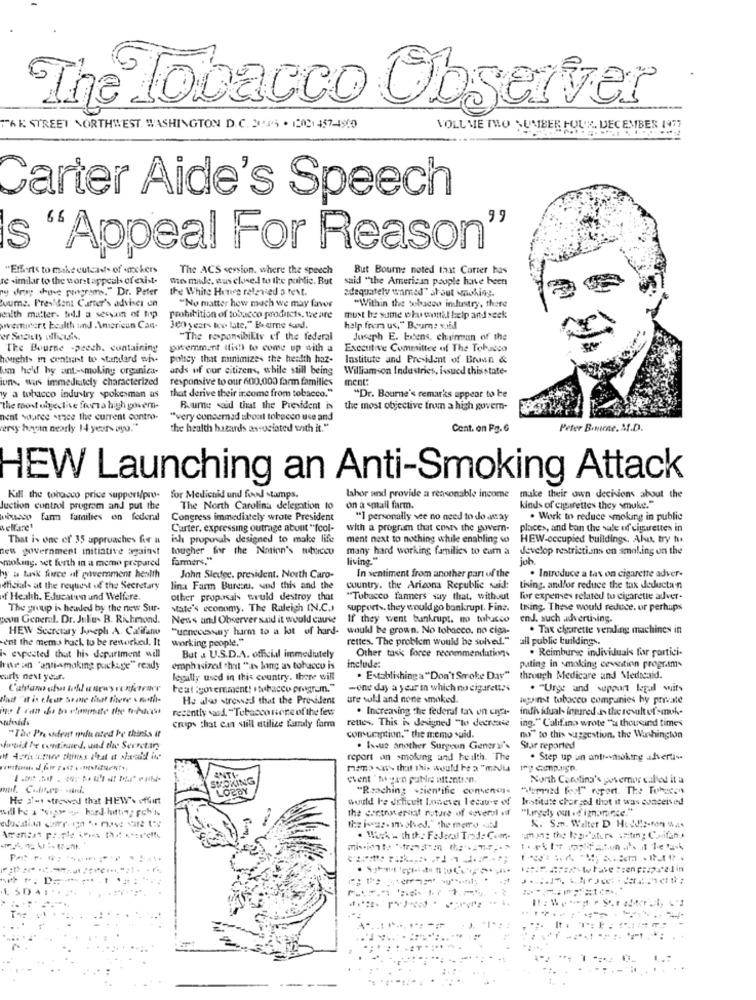
The Tobacco Observer
TAK STREET NORTHWEST. WASHINGTON D. C. 2AP5 . 1000 457-4910
VOLUME TWO NUMBER FOUR. DECEMBER 1977
Carter Aide's Speech
S
"Appeal For Reason'
"Efforts to make cuteav- of chers
The ACS session. where the speech
But Bourne noted that Carter has
re similar to the worstappeals of exist-
we made, wus closed to the public. But
said "the American peuple have been
ny drug shut programs." Dr. Peter
the White House relevied o text.
adequately wamed" al out smoking.
Pours. President Carter's advises en
"No matter how much we may favor
"Within the tobacco industry, there
ealth matter. tedd a session of top
prohibition of tobacco products, we are
must be sume wkuwaittil help and seek
wernotert health and American Can-
300 years too late," Beare ted.
help from us." Boom: vaid
"The responsibility of the federal
Juseph E. bilens, chairman of the
The Bourne -peech. containing
government (fish to come up with a
Executive Committee of The Tobacco
houghts in contrast to stunlard wis-
polscy that minimizes the health haz-
Institute and President of Bruan &
lum held hy ant-smoking organica-
ards of our citizens, while still being
Williamson Industries, issued thisstate-
iuns, wus immediately characterized
responsive to our 600,000 farm families
ment:
y a tobacco industry spokesman as
that derive their income from tobacco."
"Dr. Bourne's remarks appear to be
the most objedlive from a high govern-
Roure said that the President is
the most objective from a high govern-
heat source stee the current contro-
"very concerned about tobecco use and
wersy hayan nearly 14 years ago."
the health hazards associated with it."
Cont. on Fg. 6
Peter Bonne. M.D.
HEW Launching an Anti-Smoking Attack
Kill the tobacco price support/pre-
for Medicaid and food stamps .
lahor and provide a reasonable income
make their own decisions about the
Juction control program and put the
The North Carolina delegation to
on a small farm.
kinds of cigarettes they smuke."
visco farm families on federal
Congress immediately wrote President
"1 personally vce no need to do .may
. Work to reduce smoking in public
vellare'
Carter, expressing outrage about "Icol-
with a program that costs the govern-
place>, and ban the sale of cigarettes in
That is one ef 35 approaches for a
ish proposals designed to make life
ment next to nothing while enabling so
HEW-occupied buildings. Akut, try hu
det government initiative against
tougher for the Nation's tubucco
many hard working families to cam a
develop restrictions on smoking on the
moking. set forth in a meme prepared
farmers."
living."
juh.
hy a task force af government health
John Sledge, president. North Caro-
In sentiment from another part of the
. Introduce a tax on cigarette adver-
thicials at the request of the Secretary
lina Farm Bureau, and this and the
country. the Arizona Republic said:
tising and/or reduce the tax deductan
of Health. Education and Welfare.
other proposals would destroy that
"Tobacco farmers say that, without
for expenses related to cigarette adver-
The group is headed by the new Sur-
state's economy. The Raleigh IN.C.)
supports. they would go bankrupt. Fine.
tising. These would reduce. or perhaps
pun General. Dr. Juliu- B. Richmond.
News and Observer said it would cause
If they went bankrupt. no tobacco
enJ. such advertising.
HEW Secretary Joseph A. Califano
"unnecessny harm to a lot of hard- would be grown. No tobacco. no ciga-
. Tax cigarette veraling machines in
sent the mema hack to be reworked. It
working people."
rettes. The problem would be solved."
all public buildings.
Other task force recommendations
. Reimburse individuals for partici-
is expected that his department will
But a U.S.D.A. official immediately
Inte an 'anti-amaking package"" ready
emphasized that "ans ling as tobacco is
include:
puting in smoking cessation program-
curly next year.
legally used in this country. there will
. Establishinga "Don't Smoke Das"
through Medicare and Medicaid.
rea(goverment! . tobacco program."
-one day a year in which no cigarett !!
. "Unge and support legal wits
Nad "if is clear Somnie that there . muth-
He aloo stressed that the President
are voll and none smoked.
lagainst tobacco companies by private
recently sand, "Tobacco nione of the few
. Increasing the federal tax on ciga-
individual- injured.Is the result of smoke
rettes. This is designed "to decrease
ing." Califano wrote "a thousand times
"The President mou ated he thinks it
crops that Can still utilize farraly farm
consumption." the memo suid.
no" to this suggestion, the Washington
digid he continued. und the Secretary
. Issue another Surgeon General's
Star reported
report an smoking and health. The
. Step up un ante-smoking adverti-
mam> <a> that this would be a "media
ing campaign.
OKING
Event "to gen publis attention.
North Carolina's yovermy called it a
ORDY
"Reaching scientific consencys
"amid fool" report. The Tohocon
He 3-1 .trowed that HEW'. iffurt
would be difficult Innever lecause of Institute chorged that it was conceived
will be a "viaw wo hard- hitting ch'h
the containersif roture of several if
"Legaly out of ignorante."
the ivas. involved." the memo (J
K. S.m. Walter D Huddle-fen W4.
umst: the log-"akers write : Cosifan.
: D =.
-
..
...= ==
....